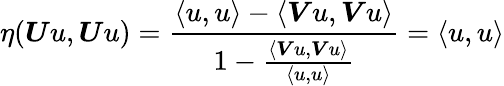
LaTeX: \eta(\boldsymbol{U}u,\boldsymbol{U}u)=\frac{\langle u,u\rangle-\langle\boldsymbol{V}u,\boldsymbol{V}u\rangle}{1-\frac{\langle\boldsymbol{V}u,\boldsymbol{V}u\rangle}{\langle u,u\rangle}}=\langle u,u\rangle